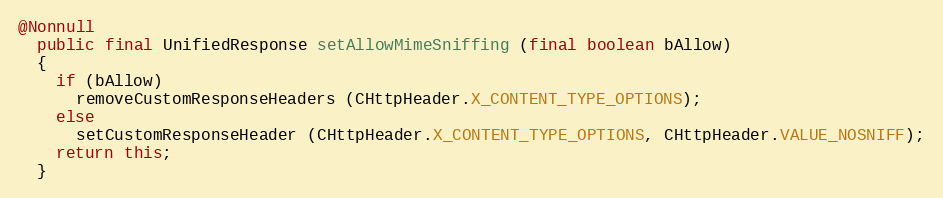
Language: Java
@Nonnull
  public final UnifiedResponse setAllowMimeSniffing (final boolean bAllow)
  {
    if (bAllow)
      removeCustomResponseHeaders (CHttpHeader.X_CONTENT_TYPE_OPTIONS);
    else
      setCustomResponseHeader (CHttpHeader.X_CONTENT_TYPE_OPTIONS, CHttpHeader.VALUE_NOSNIFF);
    return this;
  }